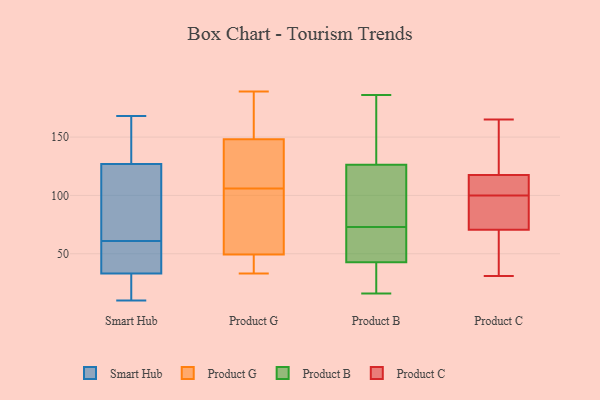
{"axis": {"x": "Energy Usage (MWh)", "y": "Value"}, "legend": ["Product B", "Product C", "Product G", "Smart Hub"], "data": [{"x": "", "y": 24, "type": "Smart Hub"}, {"x": "", "y": 36, "type": "Smart Hub"}, {"x": "", "y": 137, "type": "Smart Hub"}, {"x": "", "y": 13, "type": "Smart Hub"}, {"x": "", "y": 38, "type": "Smart Hub"}, {"x": "", "y": 56, "type": "Smart Hub"}, {"x": "", "y": 127, "type": "Smart Hub"}, {"x": "", "y": 37, "type": "Smart Hub"}, {"x": "", "y": 130, "type": "Smart Hub"}, {"x": "", "y": 116, "type": "Smart Hub"}, {"x": "", "y": 144, "type": "Smart Hub"}, {"x": "", "y": 12, "type": "Smart Hub"}, {"x": "", "y": 66, "type": "Smart Hub"}, {"x": "", "y": 168, "type": "Smart Hub"}, {"x": "", "y": 93, "type": "Smart Hub"}, {"x": "", "y": 79, "type": "Smart Hub"}, {"x": "", "y": 33, "type": "Smart Hub"}, {"x": "", "y": 10, "type": "Smart Hub"}, {"x": "", "y": 53, "type": "Product G"}, {"x": "", "y": 187, "type": "Product G"}, {"x": "", "y": 48, "type": "Product G"}, {"x": "", "y": 158, "type": "Product G"}, {"x": "", "y": 44, "type": "Product G"}, {"x": "", "y": 80, "type": "Product G"}, {"x": "", "y": 178, "type": "Product G"}, {"x": "", "y": 60, "type": "Product G"}, {"x": "", "y": 119, "type": "Product G"}, {"x": "", "y": 189, "type": "Product G"}, {"x": "", "y": 106, "type": "Product G"}, {"x": "", "y": 33, "type": "Product G"}, {"x": "", "y": 41, "type": "Product G"}, {"x": "", "y": 113, "type": "Product G"}, {"x": "", "y": 109, "type": "Product G"}, {"x": "", "y": 73, "type": "Product B"}, {"x": "", "y": 47, "type": "Product B"}, {"x": "", "y": 34, "type": "Product B"}, {"x": "", "y": 186, "type": "Product B"}, {"x": "", "y": 162, "type": "Product B"}, {"x": "", "y": 74, "type": "Product B"}, {"x": "", "y": 19, "type": "Product B"}, {"x": "", "y": 36, "type": "Product B"}, {"x": "", "y": 16, "type": "Product B"}, {"x": "", "y": 115, "type": "Product B"}, {"x": "", "y": 49, "type": "Product B"}, {"x": "", "y": 179, "type": "Product B"}, {"x": "", "y": 99, "type": "Product B"}, {"x": "", "y": 45, "type": "Product B"}, {"x": "", "y": 157, "type": "Product B"}, {"x": "", "y": 56, "type": "Product B"}, {"x": "", "y": 116, "type": "Product B"}, {"x": "", "y": 144, "type": "Product C"}, {"x": "", "y": 96, "type": "Product C"}, {"x": "", "y": 165, "type": "Product C"}, {"x": "", "y": 91, "type": "Product C"}, {"x": "", "y": 105, "type": "Product C"}, {"x": "", "y": 104, "type": "Product C"}, {"x": "", "y": 67, "type": "Product C"}, {"x": "", "y": 57, "type": "Product C"}, {"x": "", "y": 31, "type": "Product C"}, {"x": "", "y": 112, "type": "Product C"}, {"x": "", "y": 123, "type": "Product C"}, {"x": "", "y": 74, "type": "Product C"}]}